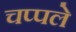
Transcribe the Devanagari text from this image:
चप्पले